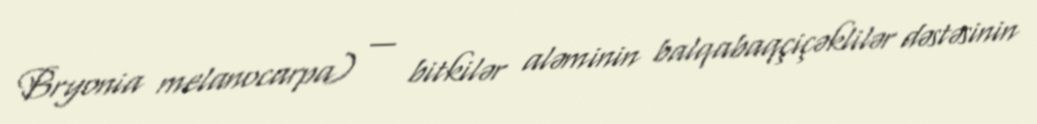
Bryonia melanocarpa) — bitkilər aləminin balqabaqçiçəklilər dəstəsinin